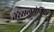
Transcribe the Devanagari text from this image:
वेंरेसलमेनिया